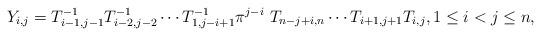
LaTeX: \begin{gather*}Y_{i,j}= T_{i-1,j-1}^{-1} T_{i-2,j-2}^{-1} \cdots T_{1,j-i+1}^{-1} \pi^{j-i}~T_{n-j+i,n} \cdots T_{i+1,j+1} T_{i,j}, 1 \le i < j \le n,\end{gather*}